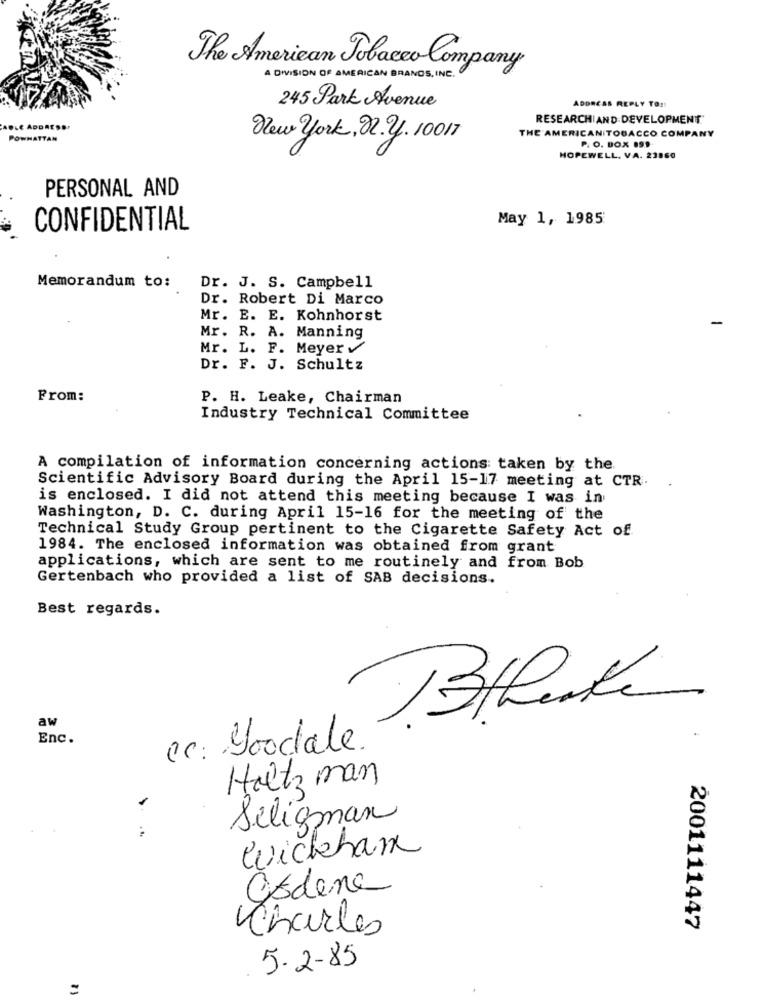
The American Tobacco Company
A DIVISION OF AMERICAN BRANDS, INC.
245 Park Avenue
ADDRESS REPLY TO !!
RESEARCHAND DEVELOPMENT
APLE ADDRESS.
POWHATTAN
New york, 2. y. 10017
THE AMERICAN TOBACCO COMPANY
P. O. BOX 199
HOPEWELL, VA. 23860
PERSONAL AND
May 1, 1985
CONFIDENTIAL
Memorandum to:
Dr. J. S. Campbell
Dr. Robert Di Marco
Mr. E. E. Kohnhorst
-
Mr. R. A. Manning
Mr. L. F. Meyer
Dr. F. J. Schultz
From:
P. H. Leake, Chairman
Industry Technical Committee
A compilation of information concerning actions taken by the.
Scientific Advisory Board during the April 15-17 meeting at CTR.
is enclosed. I did not attend this meeting because I was in
Washington, D. C. during April 15-16 for the meeting of the
Technical Study Group pertinent to the Cigarette Safety Act of
1984. The enclosed information was obtained from grant
applications, which are sent to me routinely and from Bob
Gertenbach who provided a list of SAB decisions.
Best regards.
aw
Enc.
cc: Goodale.
Holtz man
Seligman
Cickham
godene
Charles
2001111447
5-2-85
=